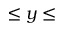
\leq y \leq